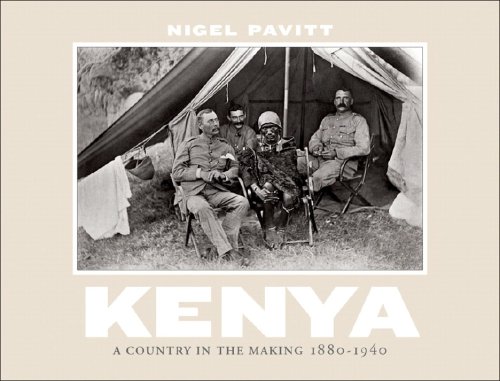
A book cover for Kenya: A Country in the Making, 1880-1940; Nigel Pavitt; History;